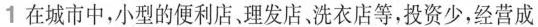
1 在城市中，小型的便利店、理发店、洗衣店等，投资少，经营成